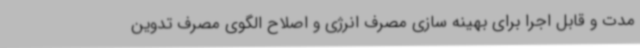
مدت و قابل اجرا برای بهینه سازی مصرف انرژی و اصلاح الگوی مصرف تدوین